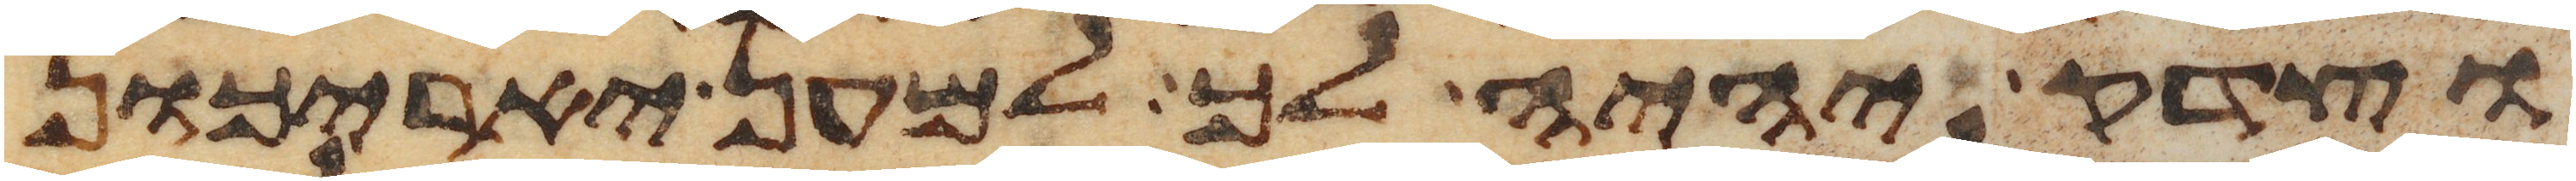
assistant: וצדק יהיה לך למען יאריכון